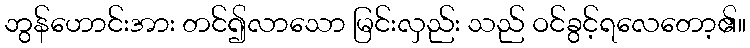
ဘွန်ဟောင်းအား တင်၍လာသော မြင်းလှည်း သည် ဝင်ခွင့်ရလေတော့၏။